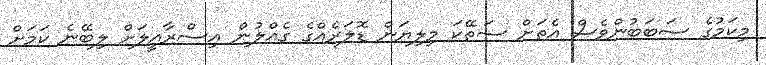
މިކަމުގެ ސަބަބުންވެސް އެތަށް ސަތޭކަ މިލިޔަން ޑޮލަރެއްގެ ގެއްލުން އިސްރާއީލަށް ލިބޭނެ ކަމަށް